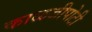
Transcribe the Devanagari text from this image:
काळजीपोटी